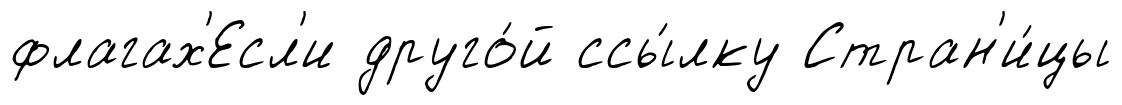
флагах'Есл'и друго́й ссы́лку Стран'и́цы